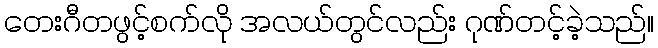
တေးဂီတဖွင့်စက်လို အလယ်တွင်လည်း ဂုဏ်တင့်ခဲ့သည်။